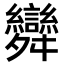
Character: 𮎂